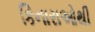
કિનારાઓથી